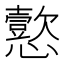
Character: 𫻚